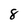
Character: 8